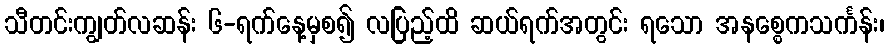
သီတင်းကျွတ်လဆန်း ၆-ရက်နေ့မှစ၍ လပြည့်ထိ ဆယ်ရက်အတွင်း ရသော အနစ္စေကသင်္ကန်း၊